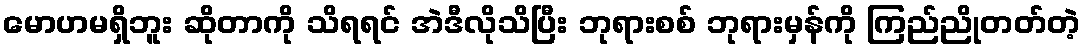
မောဟမရှိဘူး ဆိုတာကို သိရရင် အဲဒီလိုသိပြီး ဘုရားစစ် ဘုရားမှန်ကို ကြည်ညိုတတ်တဲ့